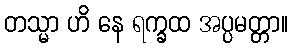
တသ္မာ ဟိ နေ ရက္ခထ အပ္ပမတ္တာ။